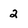
Character: 2